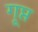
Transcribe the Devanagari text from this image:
गूप्त